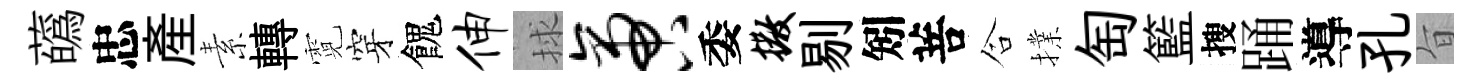
蘤忠産素轉霓穿餽伸捄啻委撒剔矧菩合擈匋籃搜踊導孔旨